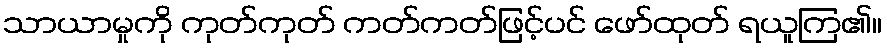
သာယာမှုကို ကုတ်ကုတ် ကတ်ကတ်ဖြင့်ပင် ဖော်ထုတ် ရယူကြ၏။